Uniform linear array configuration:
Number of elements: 64
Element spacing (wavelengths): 0.25
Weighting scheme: hann
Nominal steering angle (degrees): -45
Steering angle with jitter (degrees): -46.083
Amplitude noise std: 0.05
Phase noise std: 0.05

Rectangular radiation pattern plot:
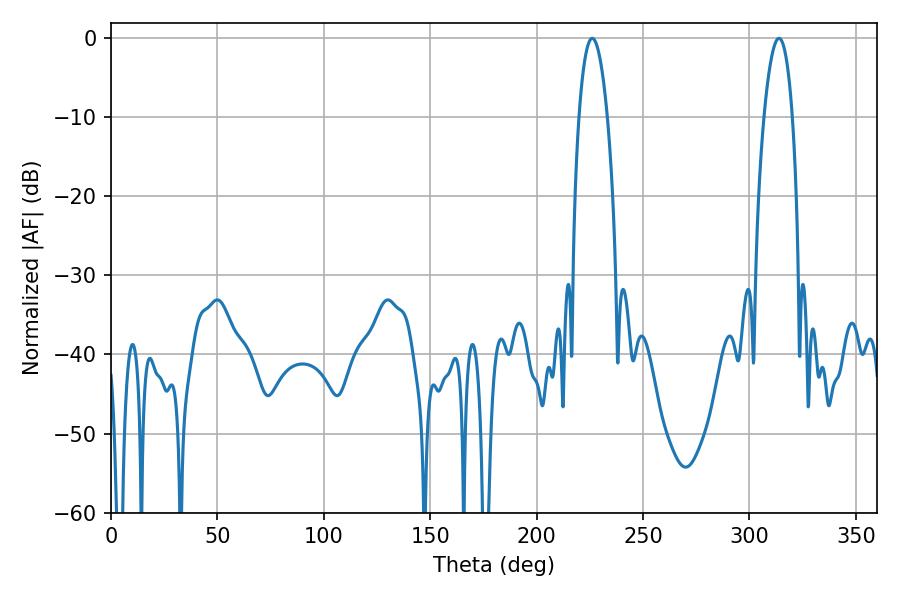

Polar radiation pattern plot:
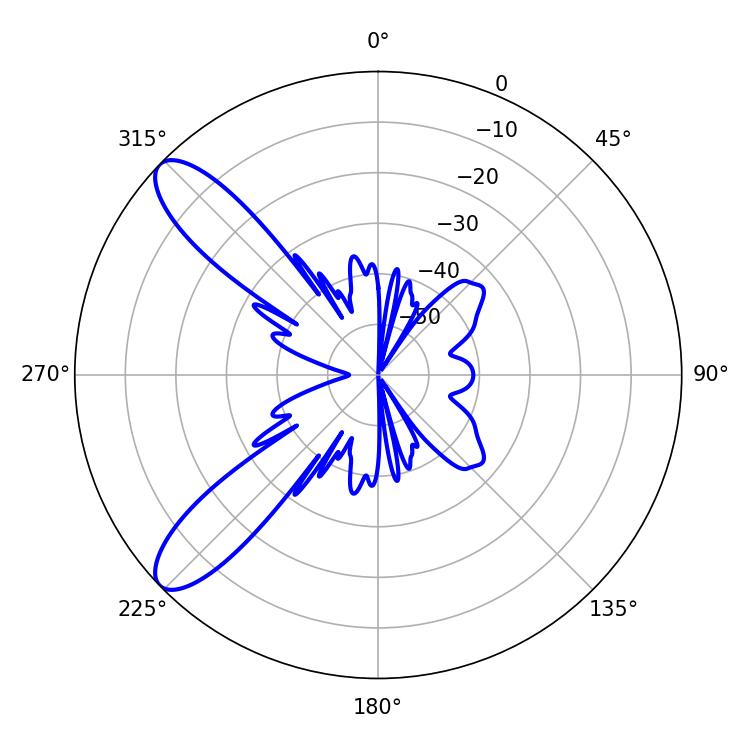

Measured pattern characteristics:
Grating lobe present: FALSE
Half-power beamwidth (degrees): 7.56
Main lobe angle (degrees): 226.08